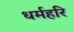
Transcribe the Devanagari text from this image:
धर्महरि